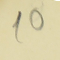
10